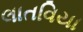
લાતવિયા